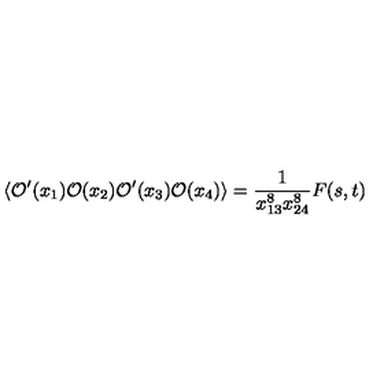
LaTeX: \langle { \mathcal O } ^ { \prime } ( x _ { 1 } ) { \mathcal O } ( x _ { 2 } ) { \mathcal O } ^ { \prime } ( x _ { 3 } ) { \mathcal O } ( x _ { 4 } ) \rangle = \frac { 1 } { x _ { 1 3 } ^ { 8 } x _ { 2 4 } ^ { 8 } } F ( s , t )